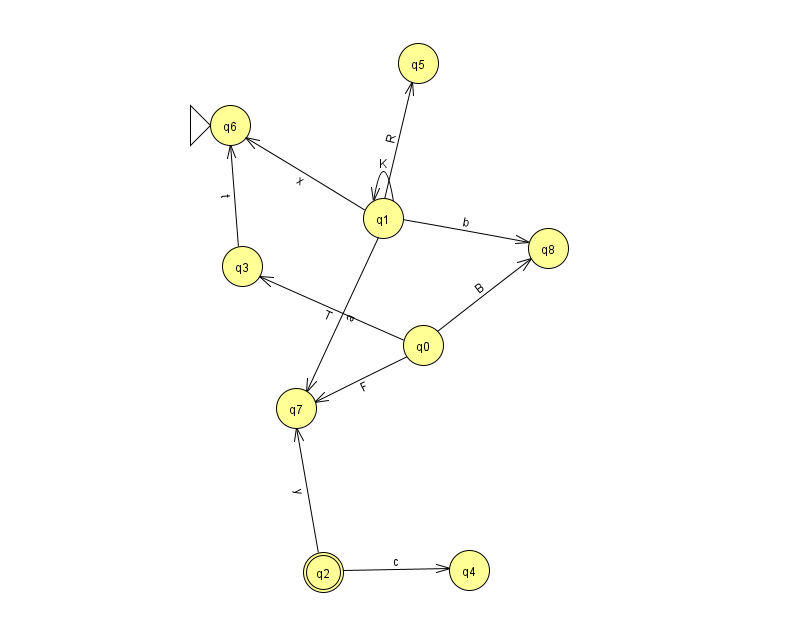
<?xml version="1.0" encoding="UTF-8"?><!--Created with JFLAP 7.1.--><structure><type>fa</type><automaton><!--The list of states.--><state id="0" name="q0"><x>423.0</x><y>332.0</y></state><state id="1" name="q1"><x>383.0</x><y>205.0</y></state><state id="2" name="q2"><x>323.0</x><y>559.0</y><final/></state><state id="3" name="q3"><x>242.0</x><y>253.0</y></state><state id="4" name="q4"><x>469.0</x><y>557.0</y></state><state id="5" name="q5"><x>418.0</x><y>50.0</y></state><state id="6" name="q6"><x>230.0</x><y>112.0</y><initial/></state><state id="7" name="q7"><x>296.0</x><y>395.0</y></state><state id="8" name="q8"><x>548.0</x><y>235.0</y></state><!--The list of transitions.--><transition><from>0</from><to>3</to><read>T</read></transition><transition><from>1</from><to>6</to><read>x</read></transition><transition><from>1</from><to>5</to><read>R</read></transition><transition><from>3</from><to>6</to><read>t</read></transition><transition><from>0</from><to>7</to><read>F</read></transition><transition><from>0</from><to>8</to><read>B</read></transition><transition><from>1</from><to>7</to><read>a</read></transition><transition><from>1</from><to>1</to><read>K</read></transition><transition><from>2</from><to>4</to><read>c</read></transition><transition><from>1</from><to>8</to><read>b</read></transition><transition><from>2</from><to>7</to><read>y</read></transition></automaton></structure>